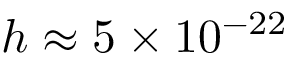
h \approx 5 \times 1 0 ^ { - 2 2 }